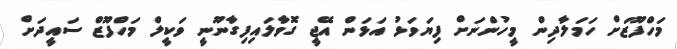
މަހްފޫޒަށް ހަމަލާދިން މީހުންނަށް ފިޔަވަޅު އަޅަން އޭޖީ ގޮވާލައިފިގާނޫނީ ވަކީލް މަހްފޫޒް ސައީދަށް